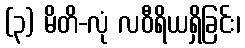
(၃) မိတိ-လုံ လဝီရိယရှိခြင်း၊